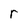
Character: r